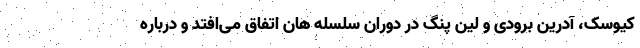
کیوسک، آدرین برودی و لین پنگ در دوران سلسله هان اتفاق می‌افتد و درباره